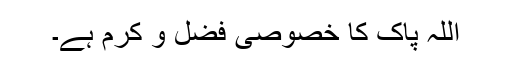
اللہ پاک کا خصوصی فضل و کرم ہے۔